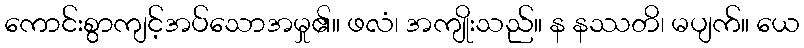
ကောင်းစွာကျင့်အပ်သောအမှု၏။ ဖလံ၊ အကျိုးသည်။ န နဿတိ၊ မပျက်။ ယေ